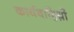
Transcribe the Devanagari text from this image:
कार्यवाहिय़ों